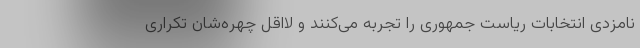
نامزدی انتخابات ریاست جمهوری را تجربه می‌کنند و لااقل چهره‌شان تکراری